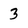
Character: 3